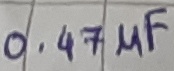
Text: 0.47µF